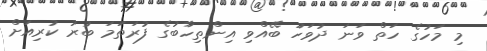
މި މަހުގެ ހަތް ވަނަ ދުވަހު ބޭއްވި އިންތިހާބުގެ ފުރަތަމަ ބުރު ކުރިއަށް